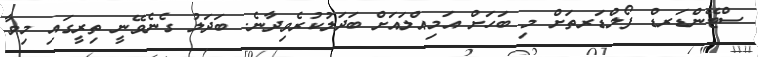
ސްޓޭންޑަރޑް ފޯލްޑަރތަށް މި ބަހަށް އަމިއްލައަށް ބަދަލުކުރެވިދާނެ. ބަދަލު ގެނެވޭނީ ތިރީގައި މިވާ